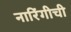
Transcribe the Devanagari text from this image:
नारिंगीची